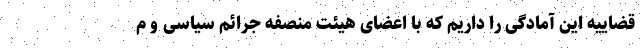
قضاییه این آمادگی را داریم که با اعضای هیئت منصفه جرائم سیاسی و م